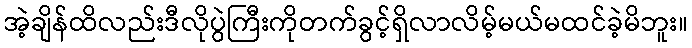
အဲ့ချိန်ထိလည်းဒီလိုပွဲကြီးကိုတက်ခွင့်ရှိလာလိမ့်မယ်မထင်ခဲ့မိဘူး။